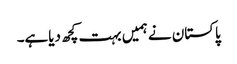
پاکستان نے ہمیں بہت کچھ دیاہے۔